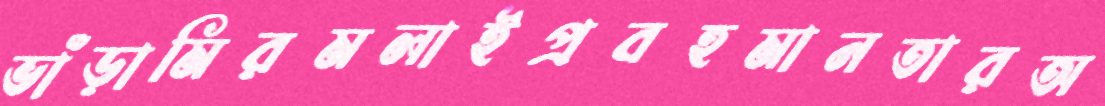
ভাঁড়ামিরমলাইপ্রবহমানতারঅ